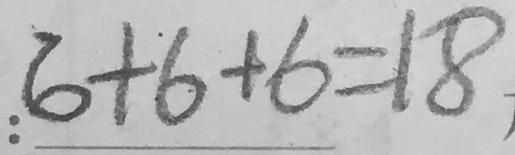
: 6 + 6 + 6 = 1 8